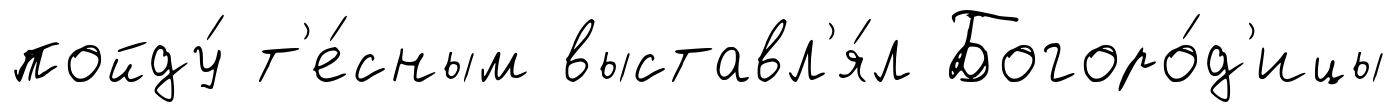
пойду́ т'е́сным выставл'я́л Богоро́д'ицы